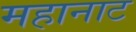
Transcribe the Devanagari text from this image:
महानाट